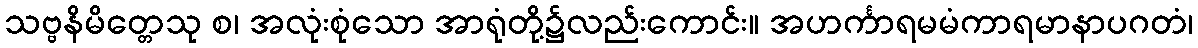
သဗ္ဗနိမိတ္တေသု စ၊ အလုံးစုံသော အာရုံတို့၌လည်းကောင်း။ အဟင်္ကာရမမံကာရမာနာပဂတံ၊